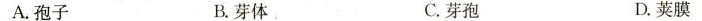
A.孢子 B芽体 C.芽孢D.荚膜